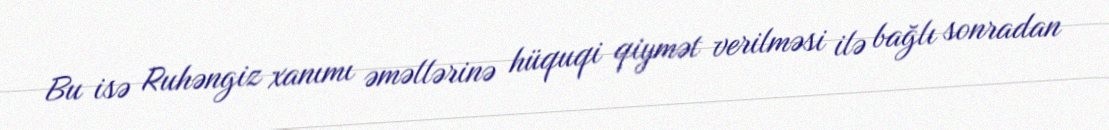
Bu isə Ruhəngiz xanımı əməllərinə hüquqi qiymət verilməsi ilə bağlı sonradan